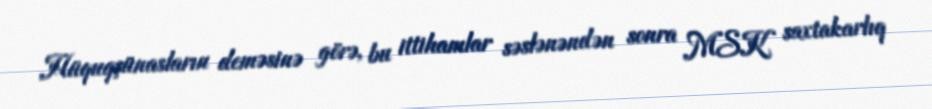
Hüquqşünasların deməsinə görə, bu ittihamlar səslənəndən sonra MSK saxtakarlıq